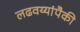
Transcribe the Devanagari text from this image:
लढवय्यांपैकी